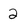
Character: 2